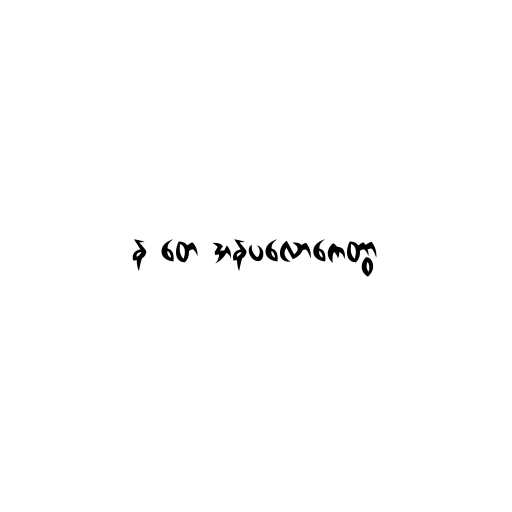
န တေ အနပလောကေတွာ